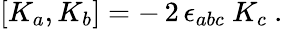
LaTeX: [K_{a},K_{b}]=-\, 2\, \epsilon_{abc}\ K_{c}\ .